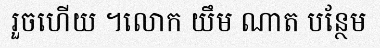
រួចហើយ ។លោក យឹម ណាត បន្ថែម